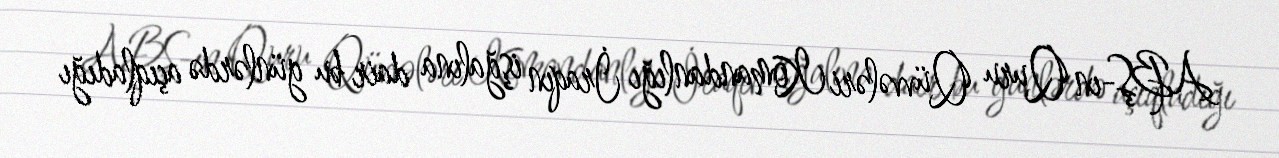
ABŞ-ın Quru Qüvvələri Komandanlığı İraqın işğalına dair bu günlərdə açıqladığı